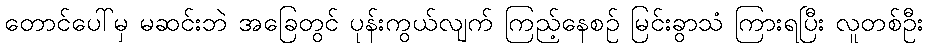
တောင်ပေါ်မှ မဆင်းဘဲ အခြေတွင် ပုန်းကွယ်လျက် ကြည့်နေစဉ် မြင်းခွာသံ ကြားရပြီး လူတစ်ဦး